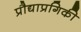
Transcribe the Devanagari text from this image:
प्रौद्याप्रगिकी